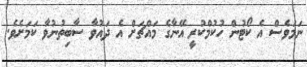
ނަމަވެސް އެ ކޯޓުން ހުކުމްކުރީ އޭނާގެ މައްޗަށް އެ ދައުވާ ސާބިތުނުވާ ކަމަށެވެ.